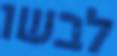
לבשו